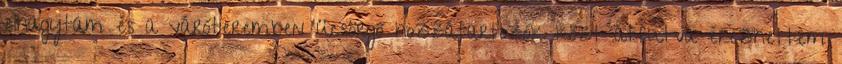
elhagytam és a váróteremben ücsörgő hozzátartozók közt átfutva érezhettem